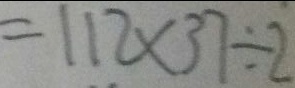
= 1 1 2 \times 3 7 \div 2